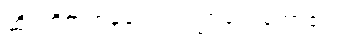
ဆိုးကြိတ်ကန်ကျောက်ကြလေတော့၏။